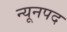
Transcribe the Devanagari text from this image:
न्यूनपद